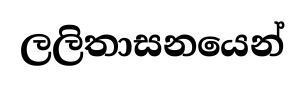
ලලිතාසනයෙන්